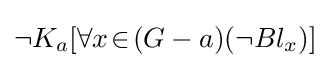
\neg K_{a}[\forall x\!\in \!(G-a)(\neg Bl_{x})]